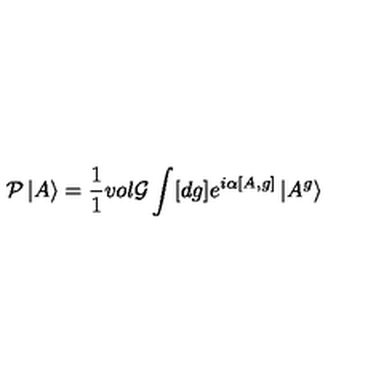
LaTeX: { \cal P } \left| A \right> = \frac { 1 } { 1 } { v o l { \cal G } } \int [ d g ] e ^ { i \alpha [ A , g ] } \left| A ^ { g } \right>